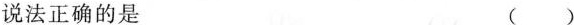
说法正确的是 ()